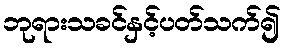
ဘုရားသခင်နှင့်ပတ်သက်၍